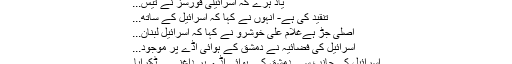
یاد ہرے کہ اسرائیلی فورسز نے تیس...
تنقید کی ہے- انہوں نے کہا کہ اسرائیل کے ساتھ...
اصلی جڑ ہےغلام علی خوشرو نے کہا کہ اسرائیل لبنان...
اسرائیل کی فضائیہ نے دمشق کے ہوائی اڈے پر موجود...
اسرائیل کی جانب سے دمشق کے ہوائی اڈے پر داغنے... ٹکرایا۔